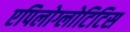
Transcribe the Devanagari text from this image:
एपिलोग्लोटिटिस